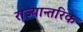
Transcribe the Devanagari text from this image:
राज्यान्तरिक